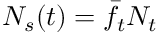
N _ { s } ( t ) = \bar { f } _ { t } N _ { t }